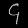
Digit: ၄